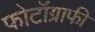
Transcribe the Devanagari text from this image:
फोटॉग्राफी